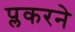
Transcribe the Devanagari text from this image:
प्लकरने